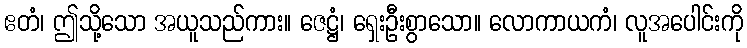
ဧတံ၊ ဤသို့သော အယူသည်ကား။ ဇေဋ္ဌံ၊ ရှေးဦးစွာသော။ လောကာယကံ၊ လူအပေါင်းကို